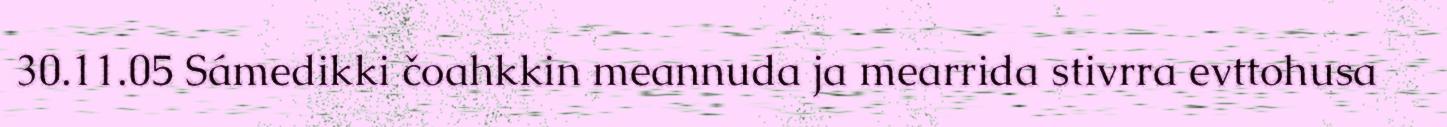
30.11.05 Sámedikki čoahkkin meannuda ja mearrida stivrra evttohusa